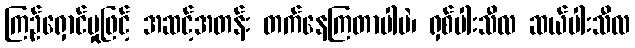
ကြဉ်ရှောင်မှုဖြင့် အဆင့်အတန်း တက်နေကြတာပါပဲ၊ ရှစ်ပါးသီလ ဆယ်ပါးသီလ